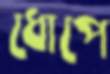
ধোপে